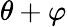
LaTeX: \theta+\varphi